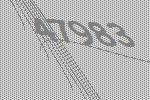
47983